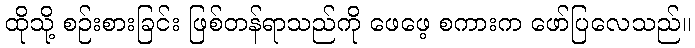
ထိုသို့ စဉ်းစားခြင်း ဖြစ်တန်ရာသည်ကို ဖေဖေ့ စကားက ဖော်ပြလေသည်။